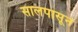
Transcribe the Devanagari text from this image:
सालपासून